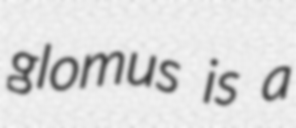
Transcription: glomus is a